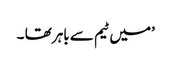
’میں ٹیم سے باہر تھا ۔